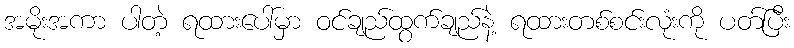
အမိုးအကာ ပါတဲ့ ရထားပေါ်မှာ ဝင်ချည်ထွက်ချည်နဲ့ ရထားတစ်စင်းလုံးကို ပတ်ပြီး